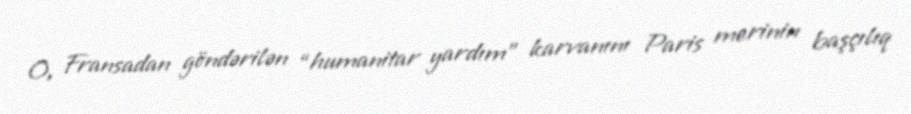
O, Fransadan göndərilən “humanitar yardım” karvanını Paris merinin başçılıq